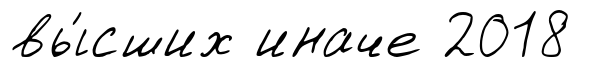
вы́сших иначе 2018